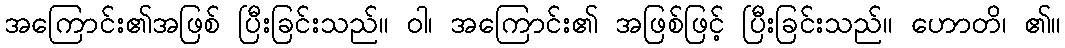
အကြောင်း၏အဖြစ် ပြီးခြင်းသည်။ ဝါ၊ အကြောင်း၏ အဖြစ်ဖြင့် ပြီးခြင်းသည်။ ဟောတိ၊ ၏။